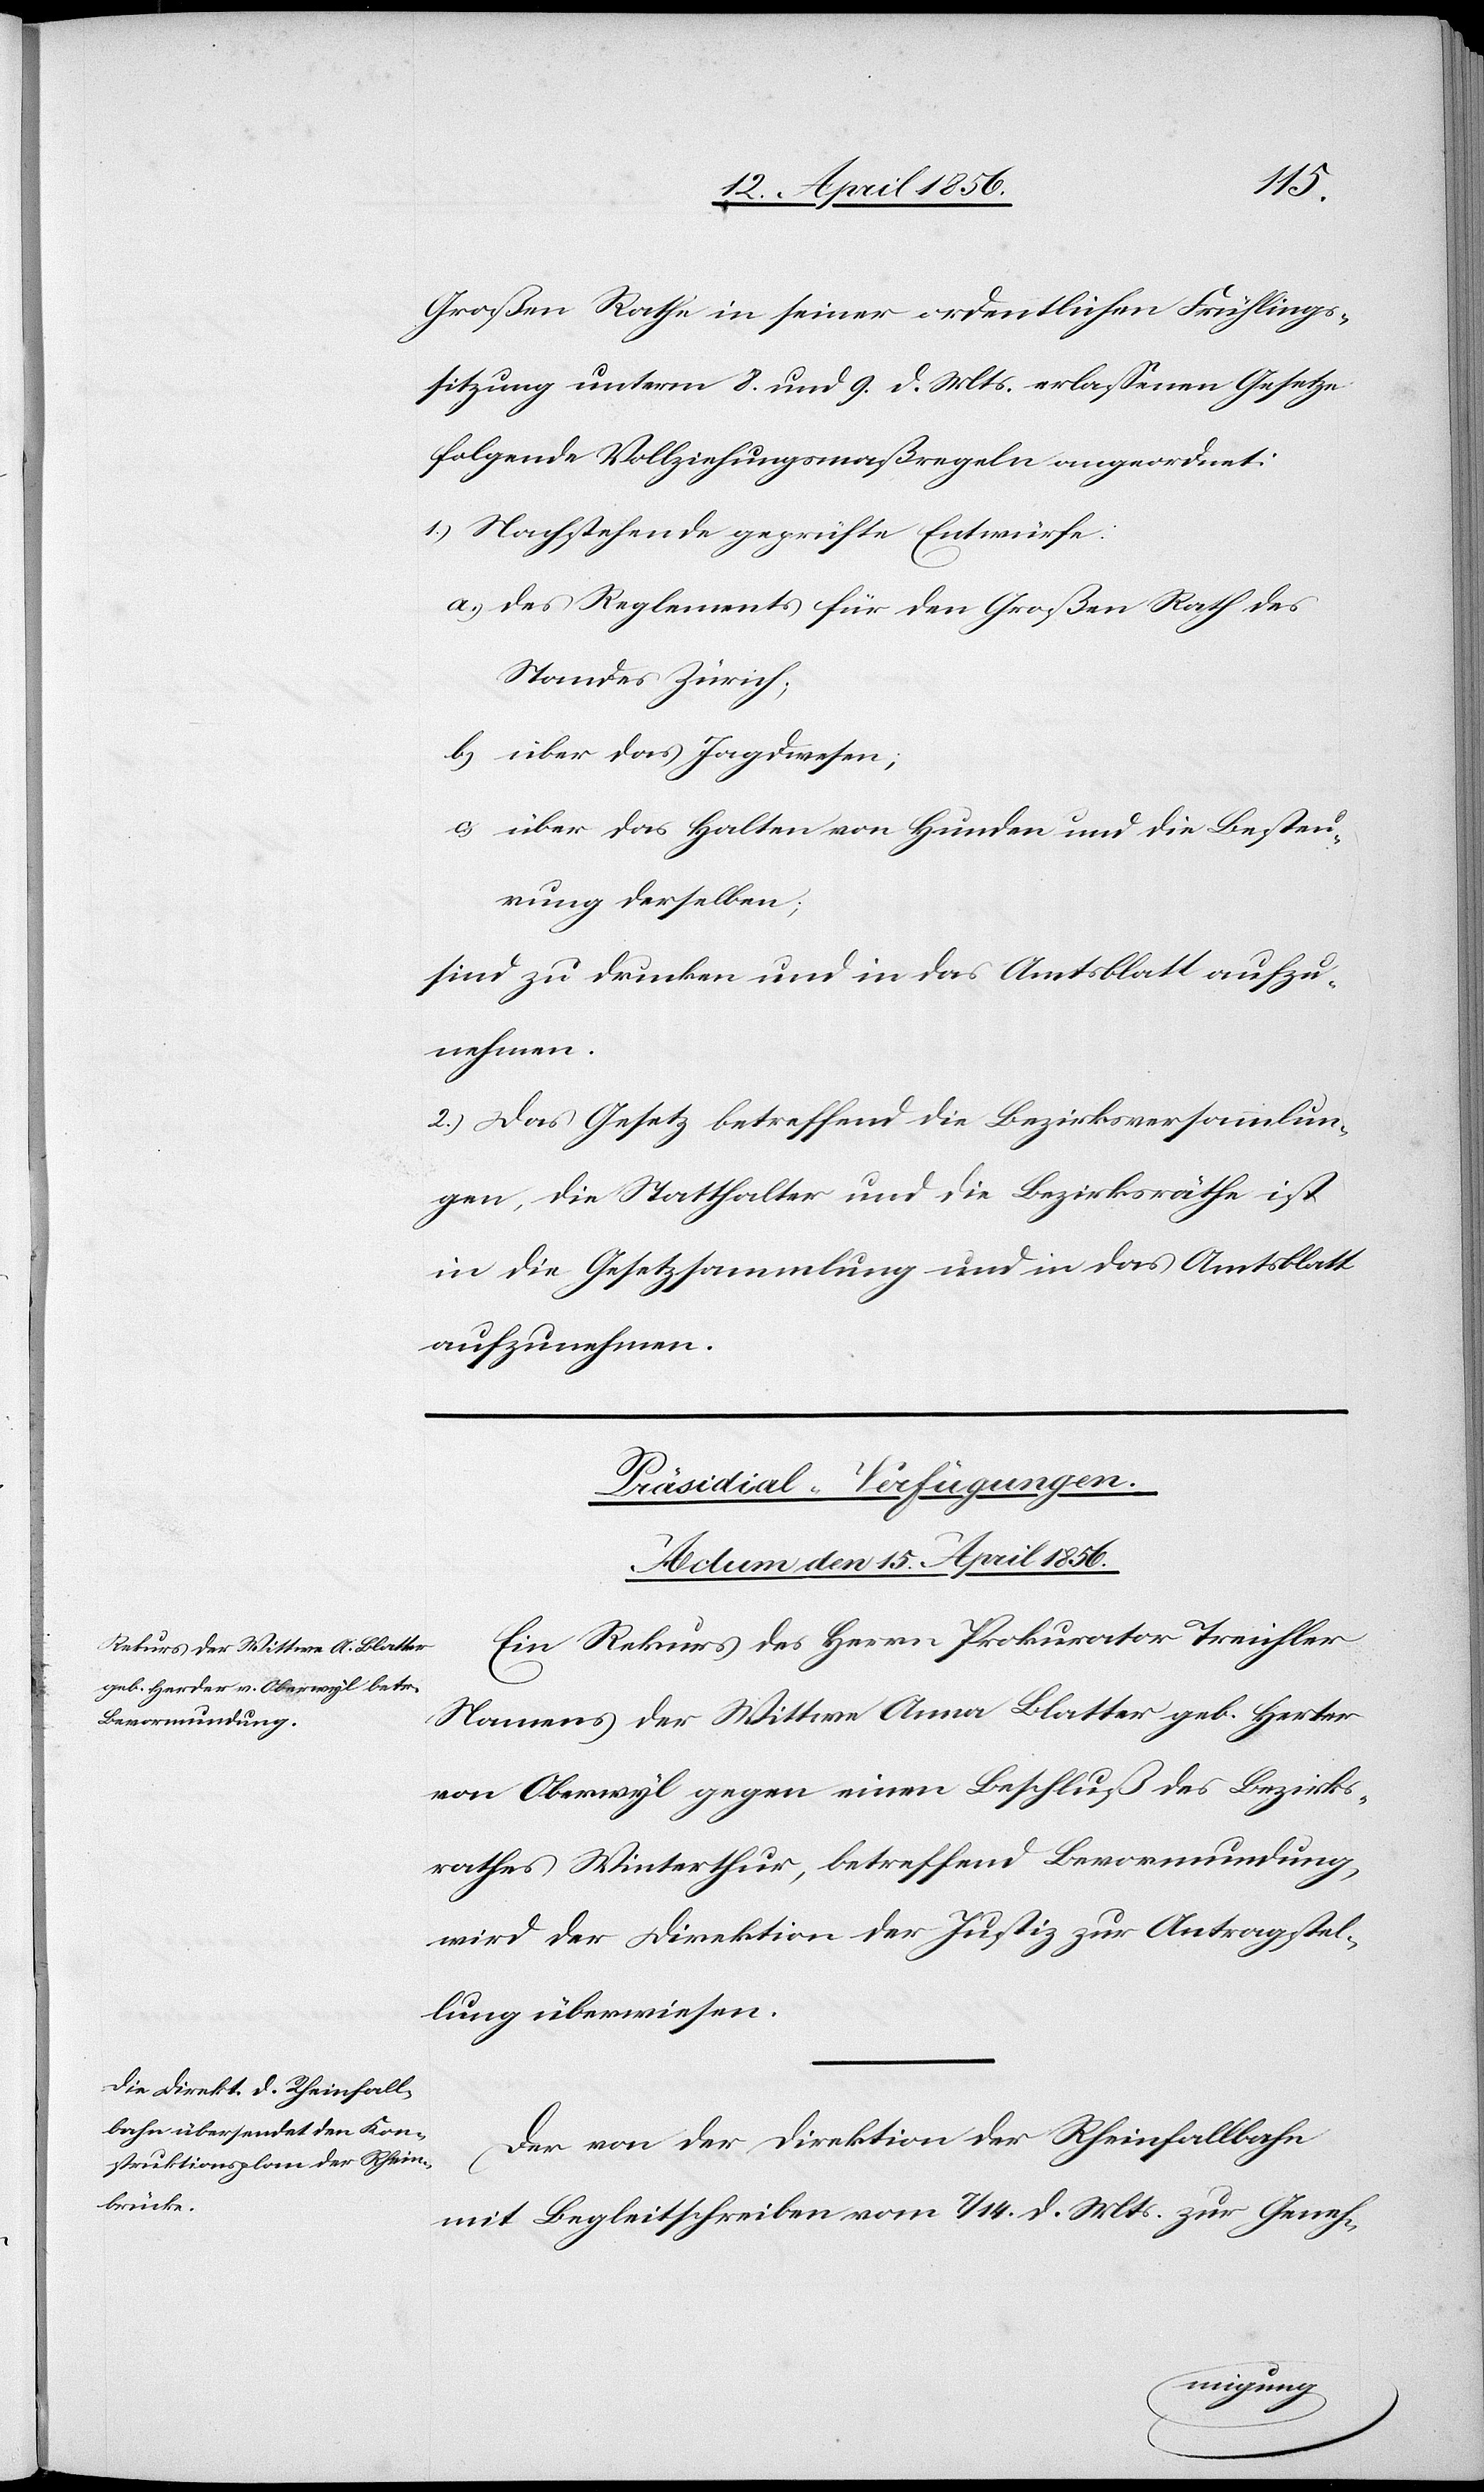
Großen Rathe in seiner ordentlichen Frühlings¬
sitzung unterm 8. und 9. d. Mts. erlassenen Gesetze
folgende Vollziehungsmaßregeln angeordnet:
1.) Nachstehende geprüfte Entwürfe:
a., des Reglements für den Großen Rath des
Standes Zürich;
b,. über das Jagdwesen;
c., über das Halten von Hunden und die Besteu¬
rung derselben;
sind zu drucken und in das Amtsblatt aufzu¬
nehmen.
2.) Das Gesetz betreffend die Bezirksversammlun¬
gen, die Statthalter und die Bezirksräthe ist
in die Gesetzsammlung und in das Amtsblatt
aufzunehmen.
[Präsidial-Verfügungen.
Actum den 15. April 1856.]
Ein Rekurs des Herrn Prokurator Treichler
Namens der Wittwe Anna Blatter geb. Herter
von Oberwyl gegen einen Beschluß des Bezirks¬
rathes Winterthur, betreffend Bevormundung,
wird der Direktion der Justiz zur Antragstel¬
lung überwiesen.
Der von der Direktion der Rheinfallbahn
mit Begleitschreiben vom 7/14 d. Mts. zur Geneh-